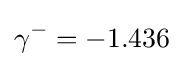
\gamma ^{-}=-1.436